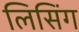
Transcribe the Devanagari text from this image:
लिसिंग